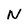
Character: N